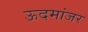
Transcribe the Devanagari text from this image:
ऊदमांजर